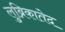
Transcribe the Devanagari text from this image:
लुब्रिकातेद